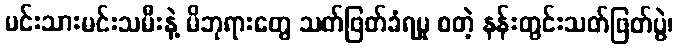
မင်းသားမင်းသမီးနဲ့ မိဘုရားတွေ သတ်ဖြတ်ခံရမှု စတဲ့ နန်းတွင်းသတ်ဖြတ်ပွဲ၊